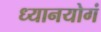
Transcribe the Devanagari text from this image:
ध्यानयोगं